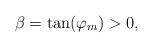
\begin{align*} \beta = \tan(\varphi_m) > 0, \end{align*}